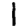
Digit: 1